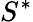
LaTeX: S^{\ast}